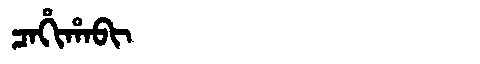
Manchu: ᠴᠠᡥᡳᡥᠠᠪᡳ
Romanization: CAHIHABI